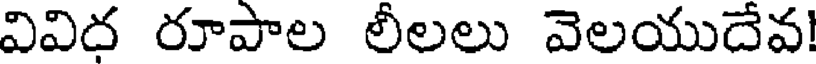
వివిద రూపాల లీలలు వెలయుదేవ!